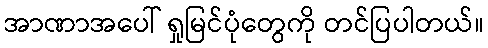
အာဏာအပေါ် ရှုမြင်ပုံတွေကို တင်ပြပါတယ်။